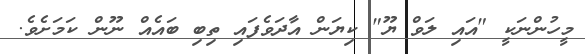
މީހުންނަކީ "އައި ލަވް ޔޫ" ކިޔަން އާދަވެފައި ތިބި ބައެއް ނޫން ކަމަށެވެ.